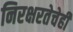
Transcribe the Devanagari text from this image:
निरक्षरतेचेही